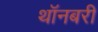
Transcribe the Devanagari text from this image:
थॉनबरी